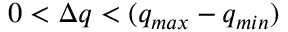
0 < \Delta q < ( q _ { m a x } - q _ { m i n } )